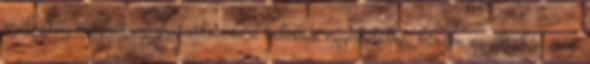
műfajilag meghatározhatatlan és a valóban egyedülálló, hiszen egyáltalán nem